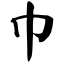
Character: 巾